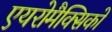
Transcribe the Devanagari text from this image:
एयरोमैक्सिको